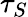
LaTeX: \tau_{S}